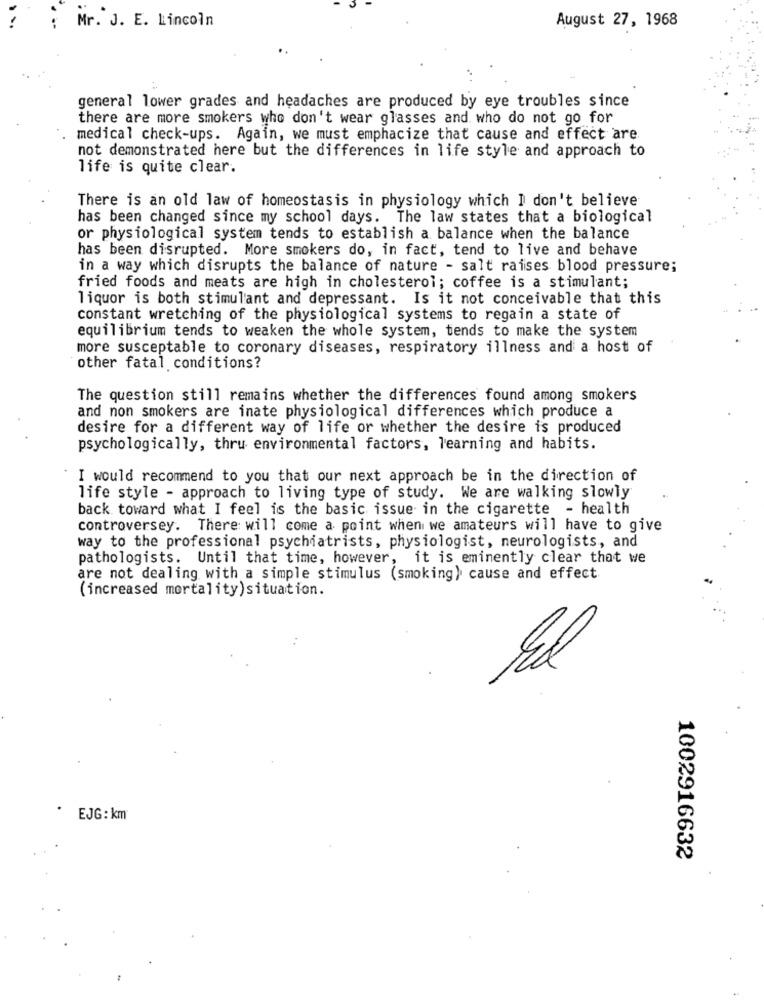
Mr. J. E. Lincoln
August 27, 1968
general lower grades and headaches are produced by eye troubles since
there are more smokers who don't wear glasses and who do not go for
medical check-ups. Again, we must emphacize that cause and effect are
not demonstrated here but the differences in life style and approach to
life is quite clear.
There is an old law of homeostasis in physiology which I don't believe
has been changed since my school days. The law states that a biological
or physiological system tends to establish a balance when the balance
has been disrupted. More smokers do, in fact, tend to live and behave
in a way which disrupts the balance of nature - salt raises blood pressure;
fried foods and meats are high in cholesterol; coffee is a stimulant;
liquor is both stimulant and depressant. Is it not conceivable that this
constant wretching of the physiological systems to regain a state of
equilibrium tends to weaken the whole system, tends to make the system
more susceptable to coronary diseases, respiratory illness and a host of
other fatal conditions?
The question still remains whether the differences found among smokers
and non smokers are inate physiological differences which produce a
desire for a different way of life or whether the desire is produced
psychologically, thru environmental factors, learning and habits.
I would recommend to you that our next approach be in the direction of
life style - approach to living type of study. We are walking slowly
back toward what I feel is the basic issue in the cigarette - health
controversey. There will come a point when we amateurs will have to give
way to the professional psychiatrists, physiologist, neurologists, and
pathologists. Until that time, however, it is eminently clear that we
are not dealing with a simple stimulus (smoking) cause and effect
(increased mortality)situation.
EJG: km
1002916632